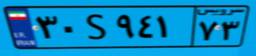
۷۸S۲۲۱۱۰